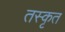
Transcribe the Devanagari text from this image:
तस्कृत